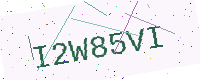
Text: I2W85VI